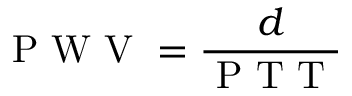
\mathrm { ~ P ~ W ~ V ~ } = \displaystyle \frac { d } { \mathrm { ~ P ~ T ~ T ~ } }